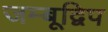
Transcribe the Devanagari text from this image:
जम्बूद्विप